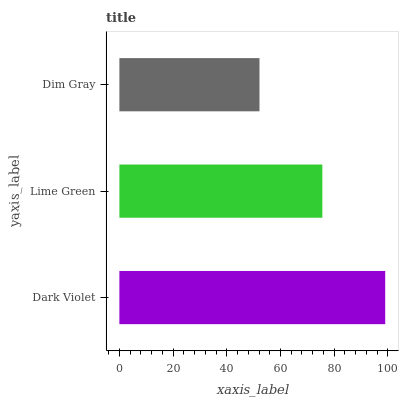
| yaxis_label | bars |
 | --- | --- |
 | Dark Violet | 99 |
 | Lime Green | 75.6 |
 | Dim Gray | 52.2 |